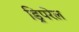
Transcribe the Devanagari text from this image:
ड्रिपरेल